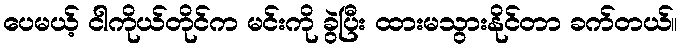
ပေမယ့် ငါကိုယ်တိုင်က မင်းကို ခွဲပြီး ထားမသွားနိုင်တာ ခက်တယ်။